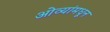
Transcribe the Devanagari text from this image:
ओव्यांमधून